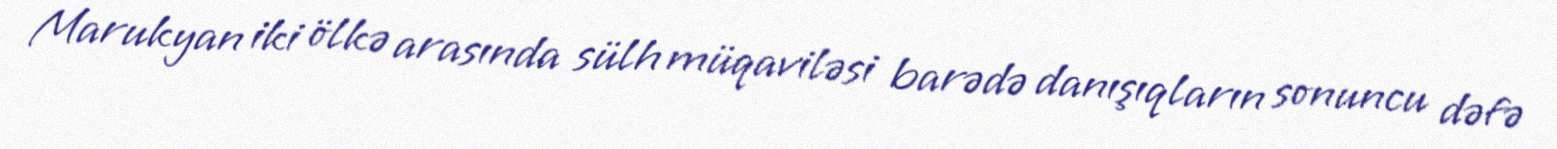
Marukyan iki ölkə arasında sülh müqaviləsi barədə danışıqların sonuncu dəfə